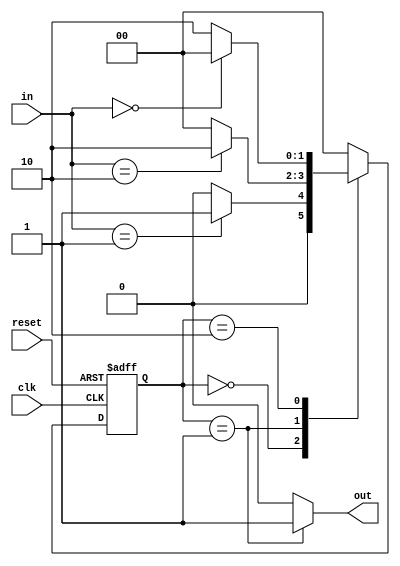
module parameterized_fsm #(
    parameter NUM_STATES = 3,      // Number of states
    parameter INPUT_WIDTH = 2,      // Width of the input
    parameter OUTPUT_WIDTH = 1       // Width of the output
)(
    input wire clk,                  // Clock signal
    input wire reset,                // Synchronous reset
    input wire [INPUT_WIDTH-1:0] in, // Input signals
    output reg [OUTPUT_WIDTH-1:0] out // Output signals
);

    // State definition using local parameters
    localparam STATE_A = 2'b00;
    localparam STATE_B = 2'b01;
    localparam STATE_C = 2'b10;

    // State register
    reg [1:0] current_state, next_state;

    // State transition logic
    always @(*) begin
        case (current_state)
            STATE_A: begin
                if (in == 2'b01) begin
                    next_state = STATE_B;
                end else begin
                    next_state = STATE_A;
                end
            end
            STATE_B: begin
                if (in == 2'b10) begin
                    next_state = STATE_C;
                end else begin
                    next_state = STATE_A;
                end
            end
            STATE_C: begin
                if (in == 2'b00) begin
                    next_state = STATE_A;
                end else begin
                    next_state = STATE_C;
                end
            end
            default: next_state = STATE_A; // Default to STATE_A
        endcase
    end

    // Output logic based on current state
    always @(*) begin
        case (current_state)
            STATE_A: out = 1'b0; // Output for STATE_A
            STATE_B: out = 1'b1; // Output for STATE_B
            STATE_C: out = 1'b0; // Output for STATE_C
            default: out = 1'b0;  // Default output
        endcase
    end

    // State update on clock edge
    always @(posedge clk or posedge reset) begin
        if (reset) begin
            current_state <= STATE_A; // Initialize to STATE_A on reset
        end else begin
            current_state <= next_state; // Update to next state
        end
    end

endmodule